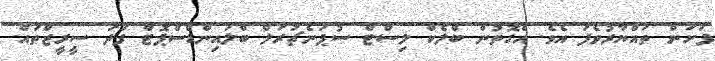
ފަށަން ތައްޔާރުވެފަ އެވެ. އެގޮތުން ބްލެކް ލިސްޓް ސުޕަނެޗުރަލް ބްލައިންޑްސްޕޮޓް ފަދަ ސީރީޒްތައް